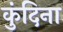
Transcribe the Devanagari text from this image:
कुंदिना